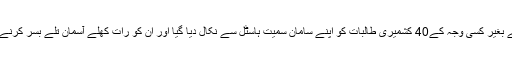
چند روز قبل دہلی کے قریبی علاقے میں واقع دیش بھگت میڈیکل کالج کے ہاسٹل سے بغیر کسی وجہ کے40 کشمیری طالبات کو اپنے سامان سمیت ہاسٹل سے نکال دیا گیا اور ان کو رات کھلے آسمان تلے بسر کرنے پر مجبور کردیا گیا جبکہ جواز کے طور پر انتظامیہ مختلف بہانے پیش کرتی رہی۔